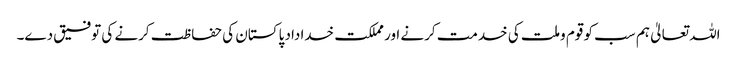
اللہ تعالیٰ ہم سب کو قوم وملت کی خدمت کرنے اور مملکت خداداد پاکستان کی حفاظت کرنے کی توفیق دے۔